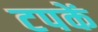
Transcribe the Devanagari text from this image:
टपकें